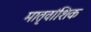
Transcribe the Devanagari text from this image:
मातृवांशिक